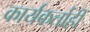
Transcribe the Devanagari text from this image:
कार्यकर्ताही